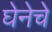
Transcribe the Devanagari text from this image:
घेनेचे